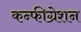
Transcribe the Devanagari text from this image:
कन्फीग्रेशन